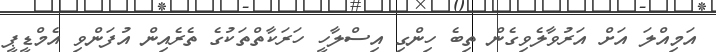
އަމިއްލަ އަށް އަރުވާލެވިގެން ތިބެ ހިންގި އިސްލާހީ ހަރަކާތްތަކުގެ ތެރެއިން އުފަންވި އެމްޑީޕީ